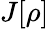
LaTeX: J[\rho]